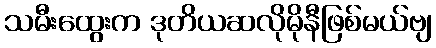
သမီးထွေးက ဒုတိယဆလိုမိုနီဖြစ်မယ်ဗျ